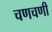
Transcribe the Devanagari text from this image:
चणचणी